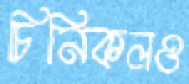
চিনিকলও